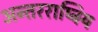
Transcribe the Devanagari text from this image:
अन्तरराष्ट्रिय